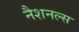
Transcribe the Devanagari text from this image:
नैशनल्स